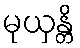
မုယှန္တိ